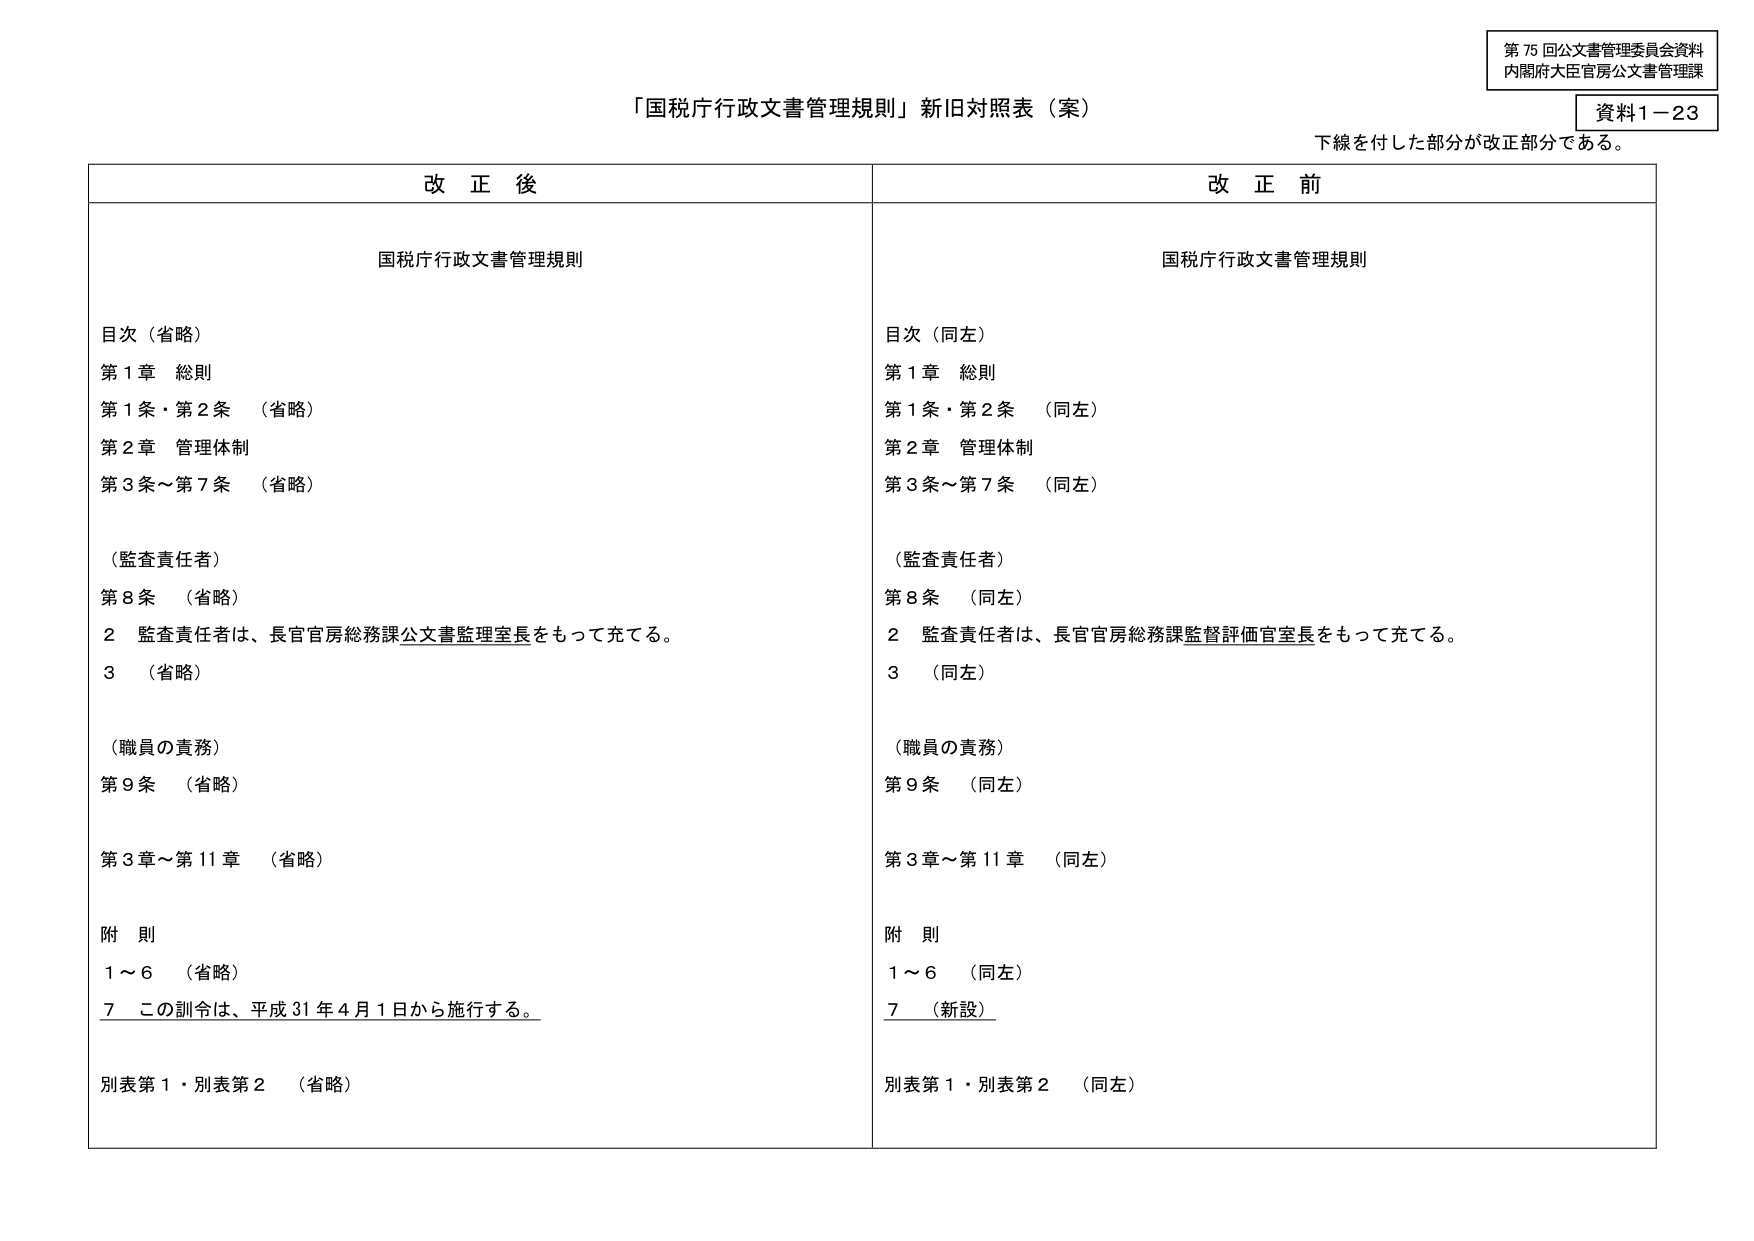
第 76 回公文書管理委員会資料
内閣府大臣官房公文書管理課
資料1－23

「国税庁行政文書管理規則」新旧対照表（案）
下線を付した部分が改正部分である。

改正後
国税庁行政文書管理規則

目次（省略）
第1章 総則
第1条・第2条 （省略）
第2章 管理体制
第3条～第7条 （省略）

（監査責任者）
第8条 （省略）
2 監査責任者は、長官官房総務課公文書監理室長をもって充てる。
3 （省略）

（職員の責務）
第9条 （省略）
第3章～第11章 （省略）

附 則
1～6 （省略）
7 この訓令は、平成31年4月1日から施行する。

別表第1・別表第2 （省略）

改正前
国税庁行政文書管理規則

目次（同左）
第1章 総則
第1条・第2条 （同左）
第2章 管理体制
第3条～第7条 （同左）

（監査責任者）
第8条 （同左）
2 監査責任者は、長官官房総務課監督評価官室長をもって充てる。
3 （同左）

（職員の責務）
第9条 （同左）
第3章～第11章 （同左）

附 則
1～6 （同左）
7 （新設）

別表第1・別表第2 （同左）